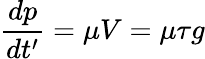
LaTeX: \frac{dp}{dt^{\prime}}=\mu V=\mu\tau g